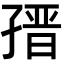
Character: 𡦌